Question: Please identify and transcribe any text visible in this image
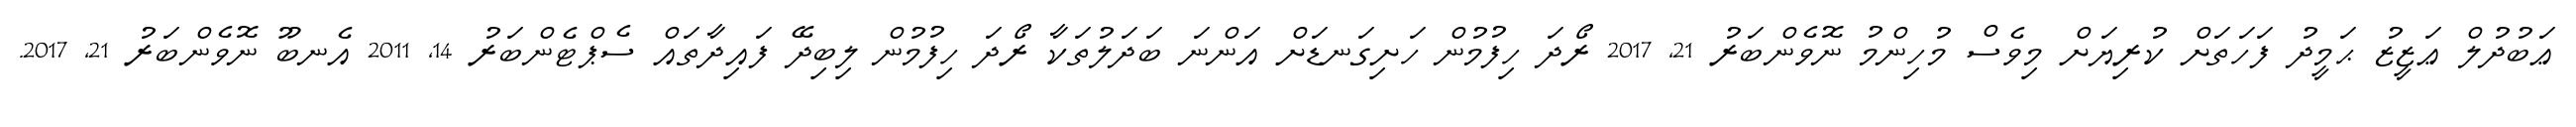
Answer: ޢަބުދުލް ޢަޒީޒު ޙަމީދު ފަހަތަށް ކުރިޔަށް މިވެސް މުހިންމު ނޮވެންބަރު 21, 2017 ރޯދަ ހިފުމުން ހަށިގަނޑަށް އަންނަ ބަދަލުތަކާ ރޯދަ ހިފުމުން ލިބިދޭ ފައިދާތައް ސެޕްޓެންބަރު 14, 2011 އެނބޫ ނޮވެންބަރު 21, 2017.